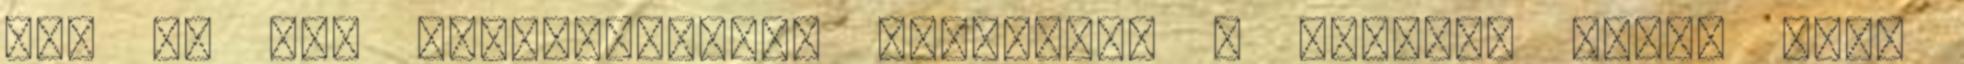
az, ha egy utcaszakaszon bővítünk, a másikon pedig nem.